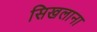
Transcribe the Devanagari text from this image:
सिखलाना